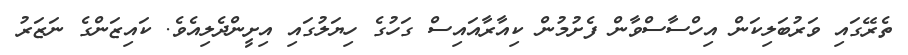
ތެރޭގައި ވަރުބަލިކަން އިހްސާސްވާން ފެށުމުން ކިއާރާއައިސް ގަހުގެ ހިޔަލުގައި އިށީންދެލިއެވެ. ކައިޒަންގެ ނަޒަރު